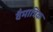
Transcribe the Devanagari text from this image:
वैमात्रिक